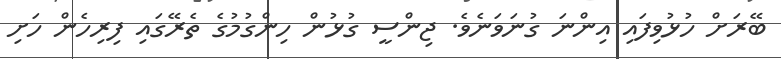
ބޭރަށް ހުޅުވިފައި އިންނަ ގުނަވަނެވެ. ޖިންސީ ގުޅުން ހިންގުމުގެ ތެރޭގައި ފިރިހެން ހަށި